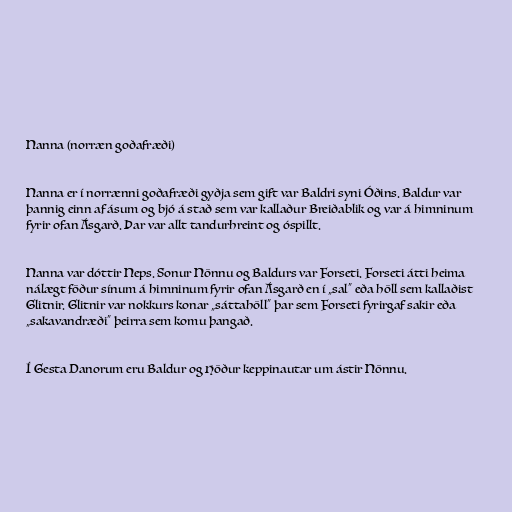
Nanna (norræn goðafræði)

Nanna er í norrænni goðafræði gyðja sem gift var Baldri syni Óðins. Baldur var
þannig einn af ásum og bjó á stað sem var kallaður Breiðablik og var á himninum
fyrir ofan Ásgarð. Þar var allt tandurhreint og óspillt.

Nanna var dóttir Neps. Sonur Nönnu og Baldurs var Forseti. Forseti átti heima
nálægt föður sínum á himninum fyrir ofan Ásgarð en í „sal“ eða höll sem kallaðist
Glitnir. Glitnir var nokkurs konar „sáttahöll“ þar sem Forseti fyrirgaf sakir eða
„sakavandræði“ þeirra sem komu þangað.

Í Gesta Danorum eru Baldur og Höður keppinautar um ástir Nönnu.